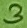
Text: 3